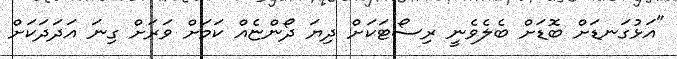
"އަޅުގަނޑަށް ބޮޑަށް ބެލެވެނީ ރިސޯޓަކަށް ދިޔަ ދޯންޏެއް ކަމަށް ވަރަށް ގިނަ އަދަދަކަށް